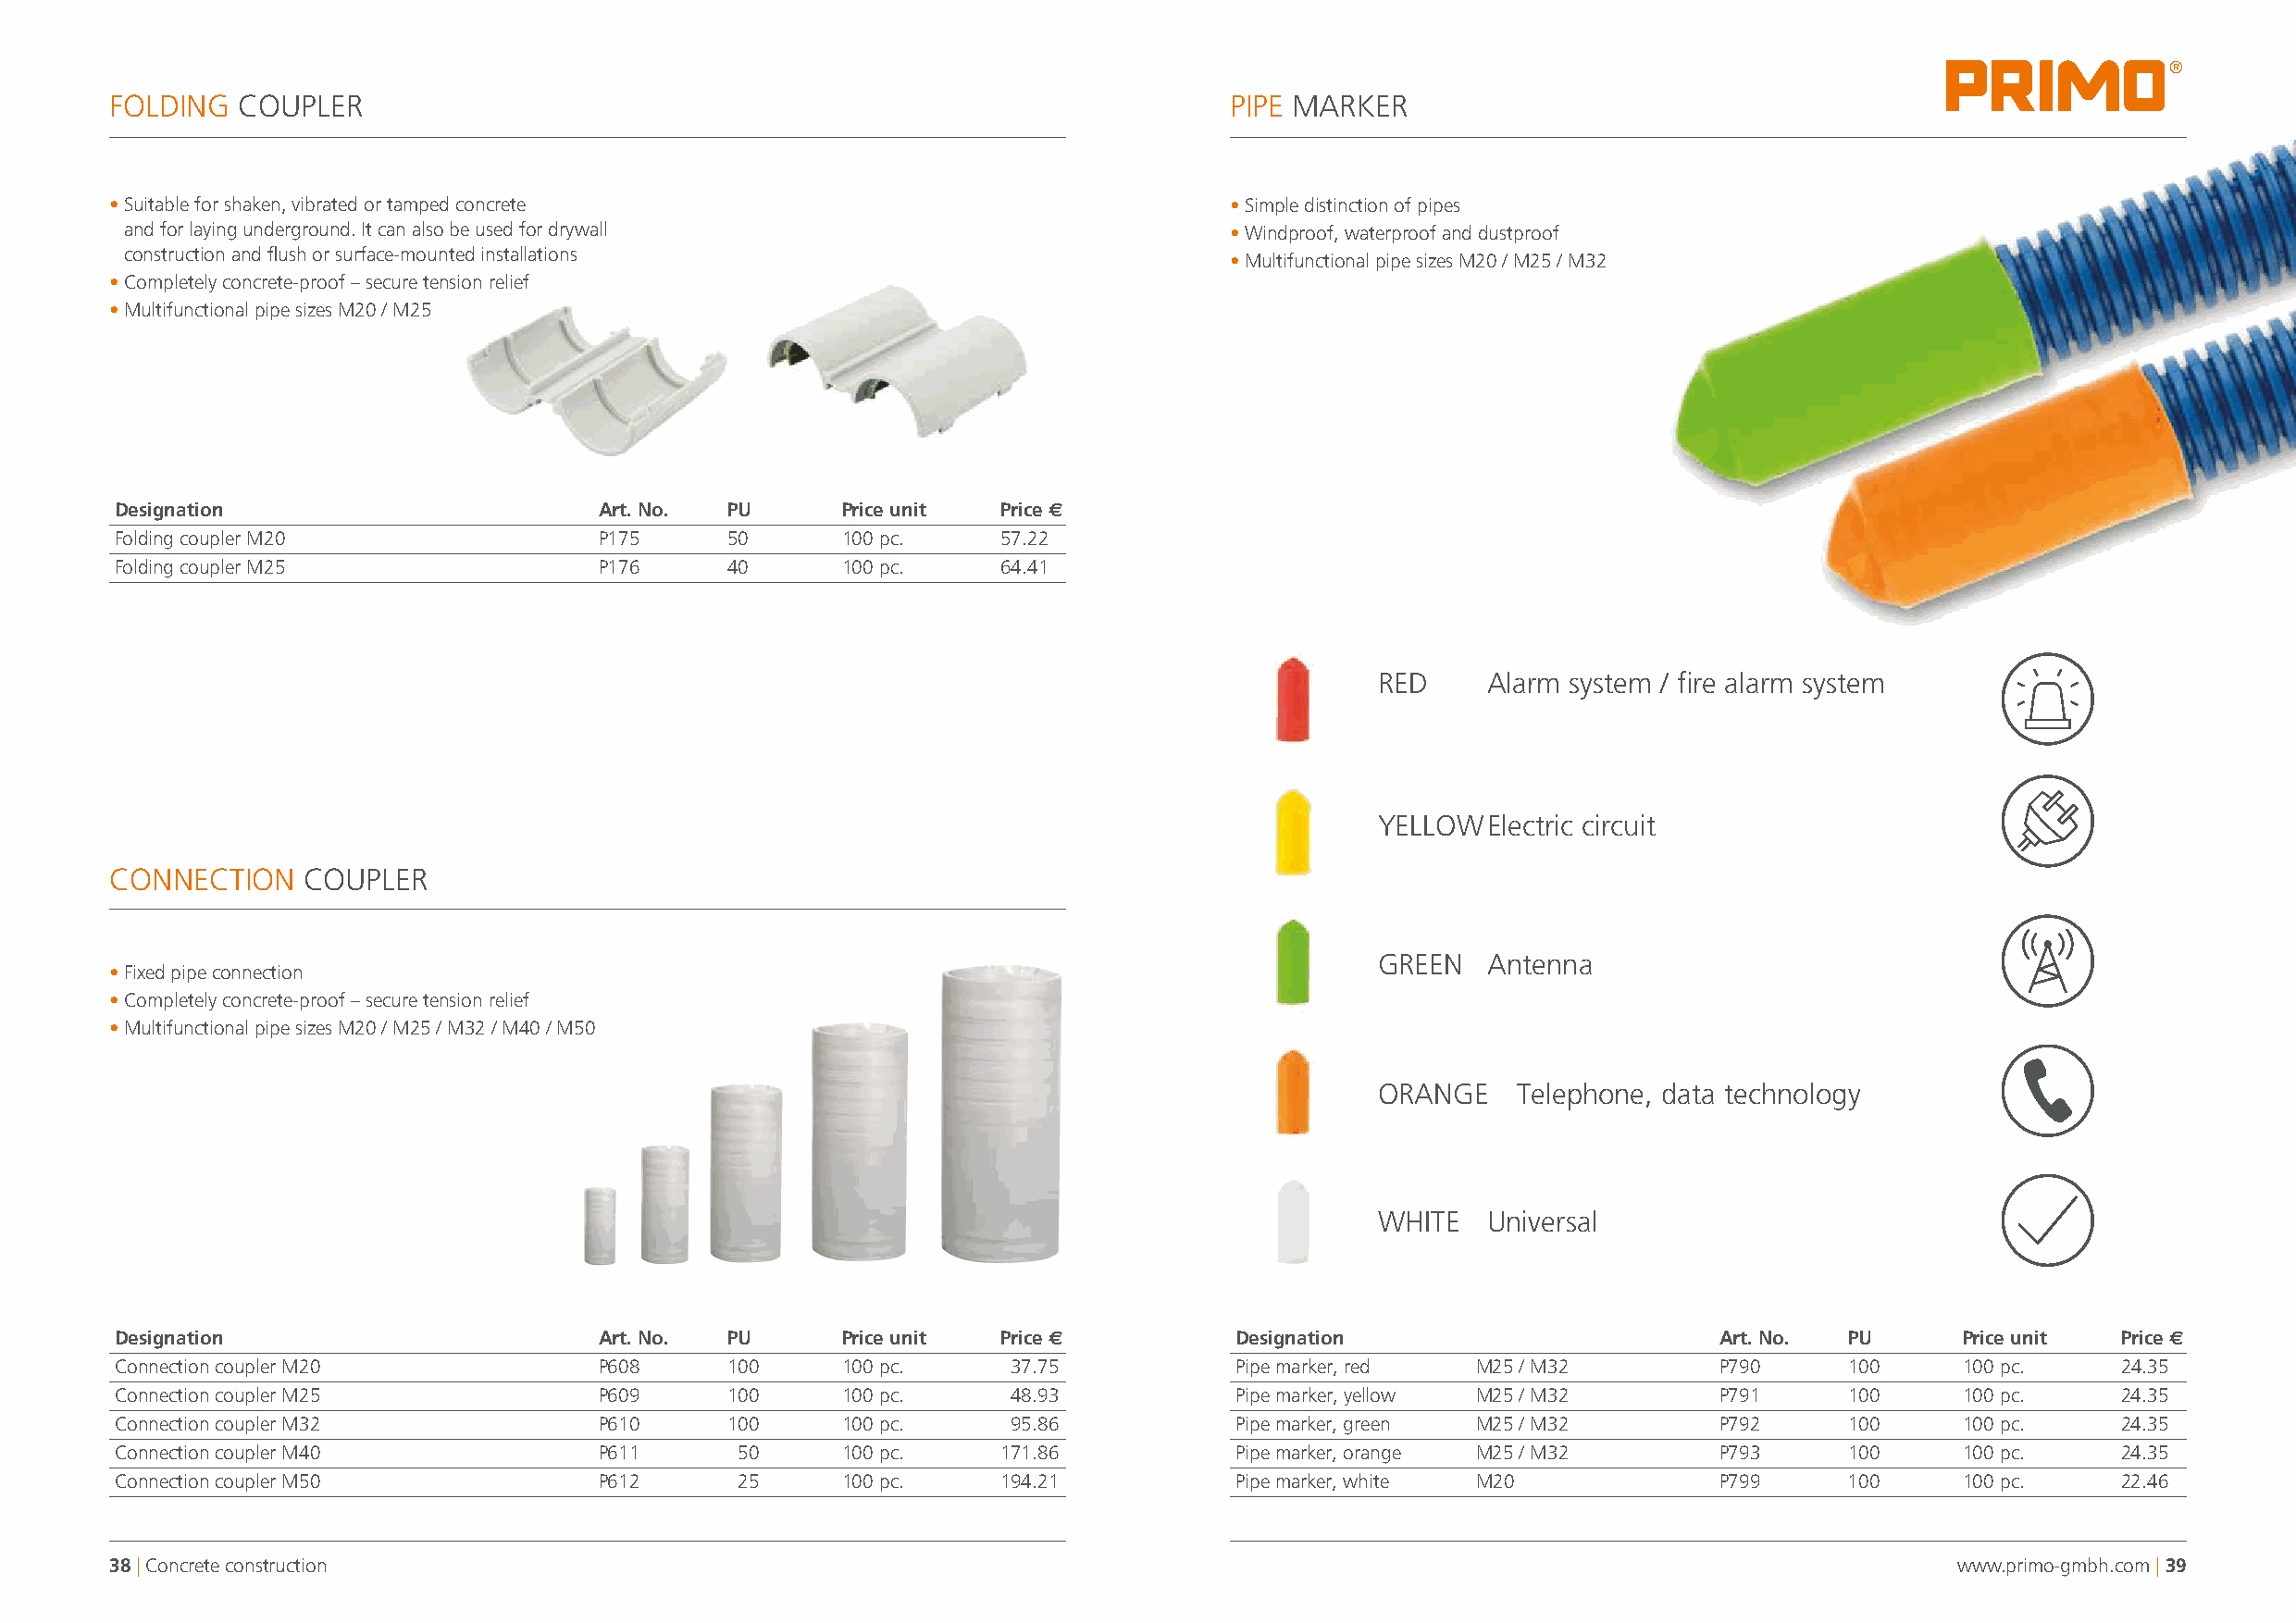
®
 FOLDING  COUPLER                                                                PIPE MARKER
 • Suitable for shaken, vibrated or tamped concrete                              • Simple distinction of pipes
 and for laying underground. It can also be used for drywall                    • Windproof, waterproof and dustproof
 construction and flush or surface-mounted installations
 • Multifunctional pipe sizes M20 / M25 / M32
 • Completely concrete-proof – secure tension relief
 • Multifunctional pipe sizes M20 / M25
 Designation                        Art. No. PU      Price unit  Price s
 Folding coupler M20                P175     50      100 pc.     57.22
 Folding coupler M25                P176     40      100 pc.     64.41
 RED    Alarm system / fire alarm system
 YELLOW Electric circuit
 CONNECTION    COUPLER
 GREEN  Antenna
 • Fixed pipe connection
 • Completely concrete-proof – secure tension relief
 • Multifunctional pipe sizes M20 / M25 / M32 / M40 / M50
 ORANGE   Telephone, data technology
 WHITE  Universal
 Designation                        Art. No. PU      Price unit  Price s         Designation                        Art. No. PU      Price unit  Price s
 Connection coupler M20             P608     100     100 pc.     37.75           Pipe marker, red  M25 / M32        P790     100     100 pc.     24.35
 Connection coupler M25             P609     100     100 pc.     48.93           Pipe marker, yellow M25 / M32      P791     100     100 pc.     24.35
 Connection coupler M32             P610     100     100 pc.     95.86           Pipe marker, green M25 / M32       P792     100     100 pc.     24.35
 Connection coupler M40             P611      50     100 pc.     171.86          Pipe marker, orange M25 / M32      P793     100     100 pc.     24.35
 Connection coupler M50             P612      25     100 pc.     194.21          Pipe marker, white M20             P799     100     100 pc.     22.46
 38 | Concrete construction                                                                                                          www.primo-gmbh.com | 39